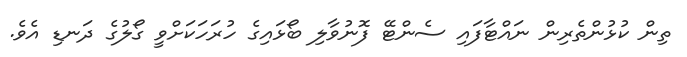
ތިން ކުޅުންތެރިން ނައްޓާފައި ސެންޓޭ ފޮނުވާލި ބޯޅައިގެ ހުރަހަކަށްވީ ގޯލުގެ ދަނޑި އެވެ.